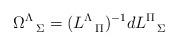
LaTeX: \begin{align*}\Omega^{\Lambda}_{\ \ \Sigma}=(L^{\Lambda}_{\ \ \Pi})^{-1}dL^{\Pi}_{\ \ \Sigma}\end{align*}